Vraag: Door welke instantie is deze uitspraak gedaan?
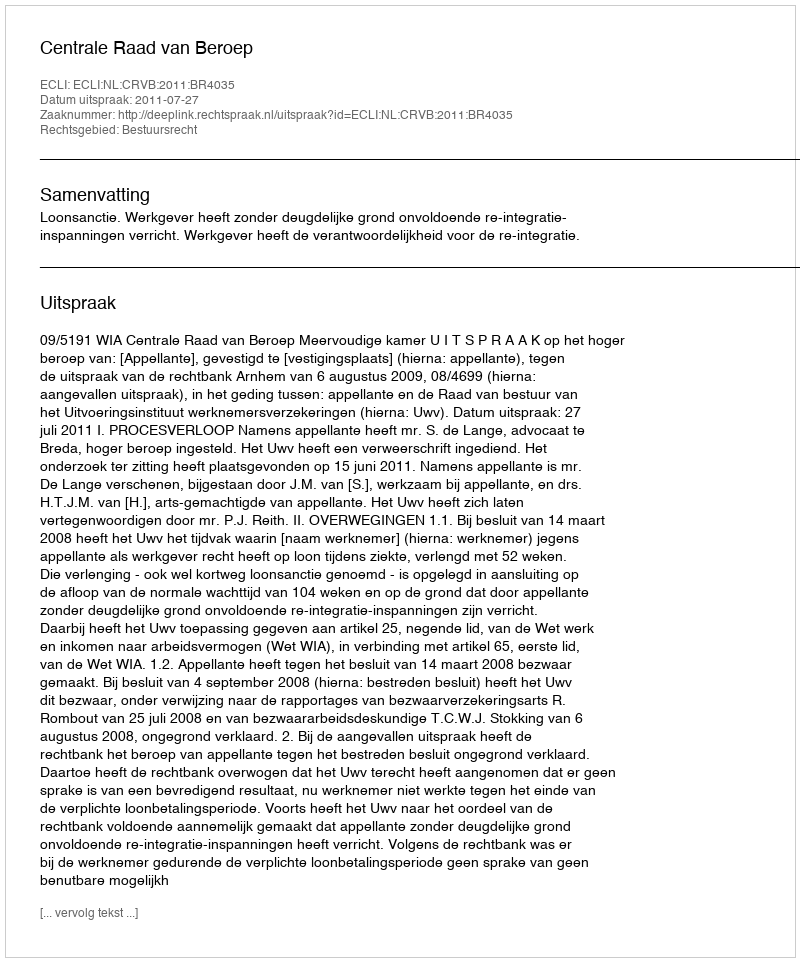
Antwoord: Centrale Raad van Beroep